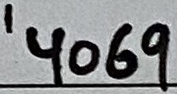
Text: '4069